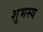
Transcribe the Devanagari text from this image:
शुभस्य